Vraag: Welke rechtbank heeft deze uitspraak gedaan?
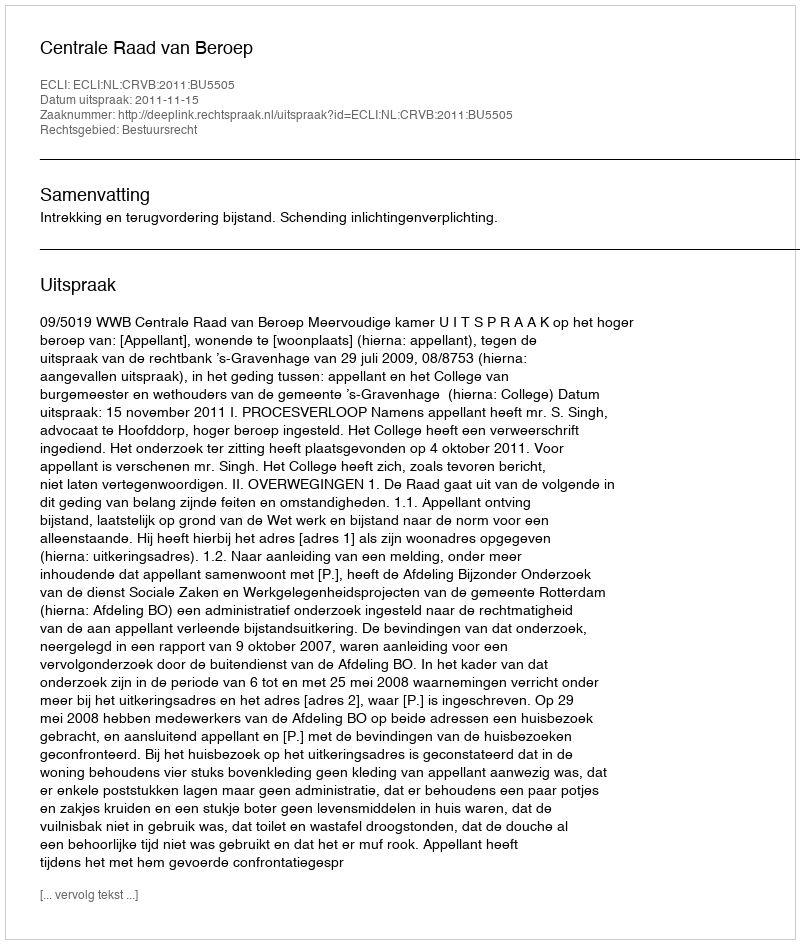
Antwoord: Centrale Raad van Beroep